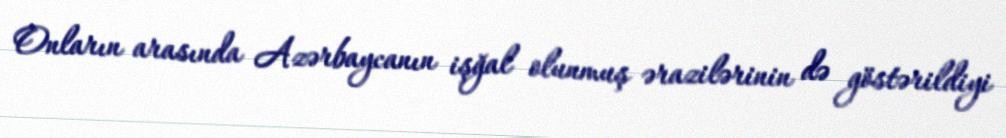
Onların arasında Azərbaycanın işğal olunmuş ərazilərinin də göstərildiyi